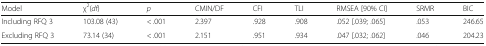
| Model | χ2(df) | p | CMIN/DF | CFI | TLI | RMSEA [90% CI] | SRMR | BIC |
 | --- | --- | --- | --- | --- | --- | --- | --- | --- |
 | Including RFQ 3 | 103.08 (43) | < .001 | 2.397 | .928 | .908 | .052 [.039; .065] | .053 | 246.65 |
 | Excluding RFQ 3 | 73.14 (34) | < .001 | 2.151 | .951 | .934 | .047 [.032; .062] | .046 | 204.23 |